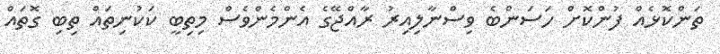
ތަންކޮޅެއް ފުންކޮށް ހަސަންބެ ވިސްނާލިއިރު ރާއްޖޭގެ އެންމެންވެސް މިތިބީ ކަކުނިތައް ތިބި ގޮތައް